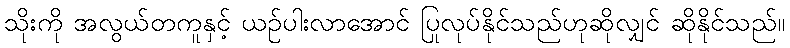
သိုးကို အလွယ်တကူနှင့် ယဉ်ပါးလာအောင် ပြုလုပ်နိုင်သည်ဟုဆိုလျှင် ဆိုနိုင်သည်။